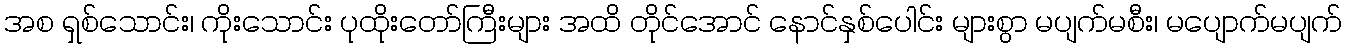
အစ ရှစ်သောင်း၊ ကိုးသောင်း ပုထိုးတော်ကြီးများ အထိ တိုင်အောင် နောင်နှစ်ပေါင်း များစွာ မပျက်မစီး၊ မပျောက်မပျက်